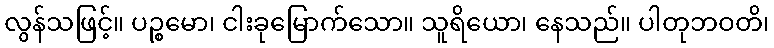
လွန်သဖြင့်။ ပဉ္စမော၊ ငါးခုမြောက်သော။ သူရိယော၊ နေသည်။ ပါတုဘဝတိ၊